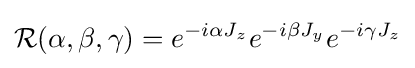
{\mathcal {R}}(\alpha ,\beta ,\gamma )=e^{-i\alpha J_{z}}e^{-i\beta J_{y}}e^{-i\gamma J_{z}}